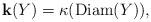
LaTeX: \begin{align*}\mathbf{k}(Y)=\kappa(\mbox{Diam}(Y)),\end{align*}